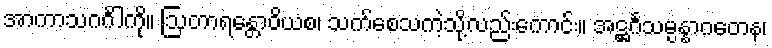
အာကာသဂင်္ဂါကို။ ဩတာရန္တောဝိယစ၊ သက်စေသကဲ့သို့လည်းကောင်း။ အဋ္ဌင်္ဂသမ္ပန္နာဂတေန၊